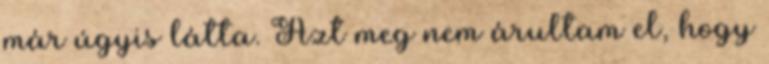
már úgyis látta. Azt meg nem árultam el, hogy